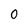
Character: 0